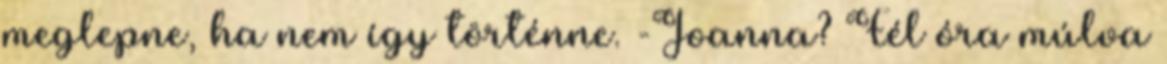
meglepne, ha nem így történne. -Joanna? Fél óra múlva